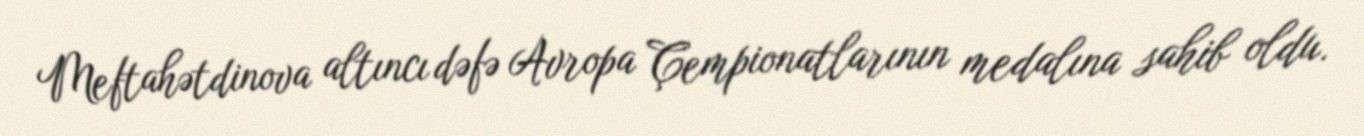
Meftahətdinova altıncı dəfə Avropa Çempionatlarının medalına sahib oldu.